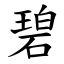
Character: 碧